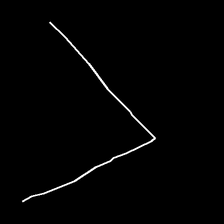
Glyph: region